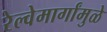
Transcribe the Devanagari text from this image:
रेल्वेमार्गांमुळे